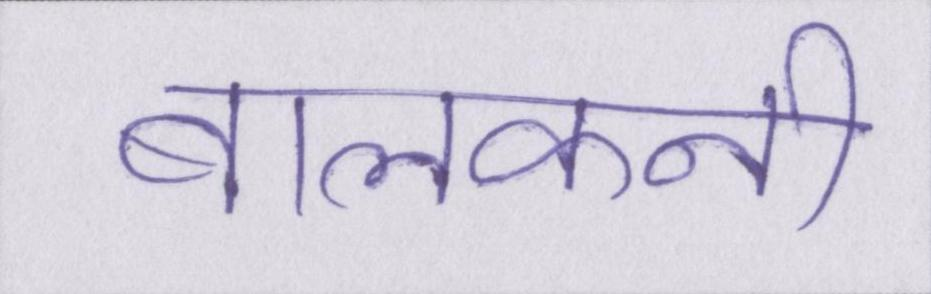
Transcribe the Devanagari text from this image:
बालकनी